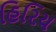
હિરિય